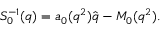
S _ { 0 } ^ { - 1 } ( q ) = a _ { 0 } ( q ^ { 2 } ) \hat { q } - M _ { 0 } ( q ^ { 2 } ) .